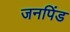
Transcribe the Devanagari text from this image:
जनपिंड